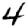
Digit: 4